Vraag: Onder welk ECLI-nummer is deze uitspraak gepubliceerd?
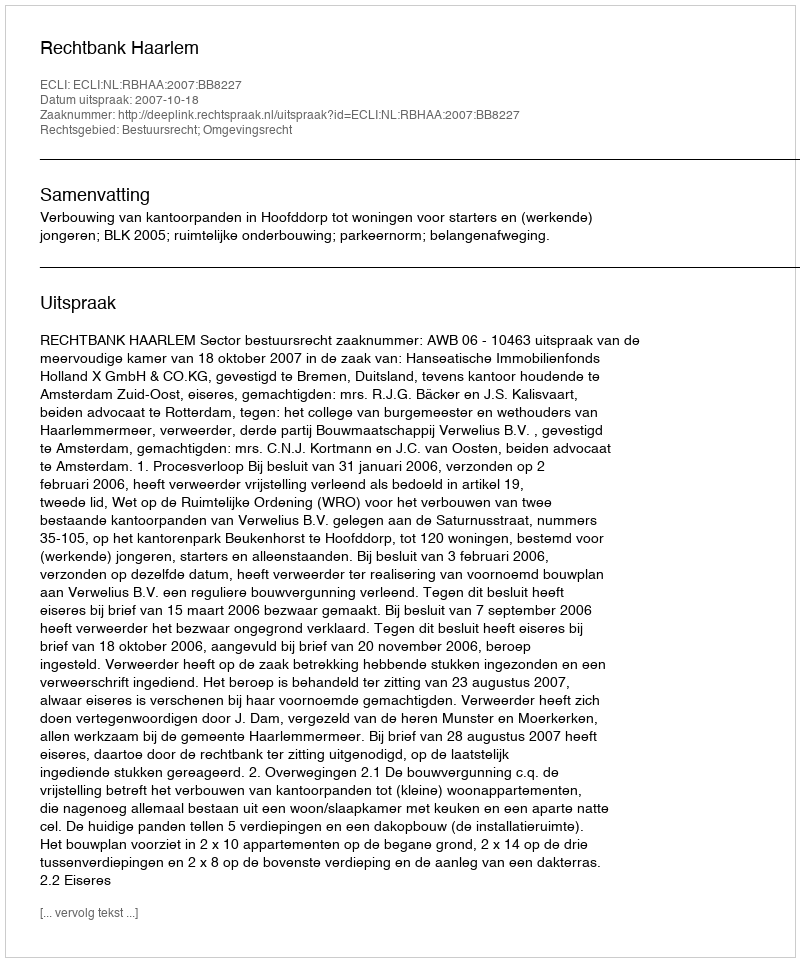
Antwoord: ECLI:NL:RBHAA:2007:BB8227